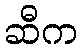
ဆီက